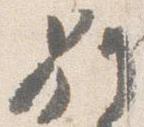
別